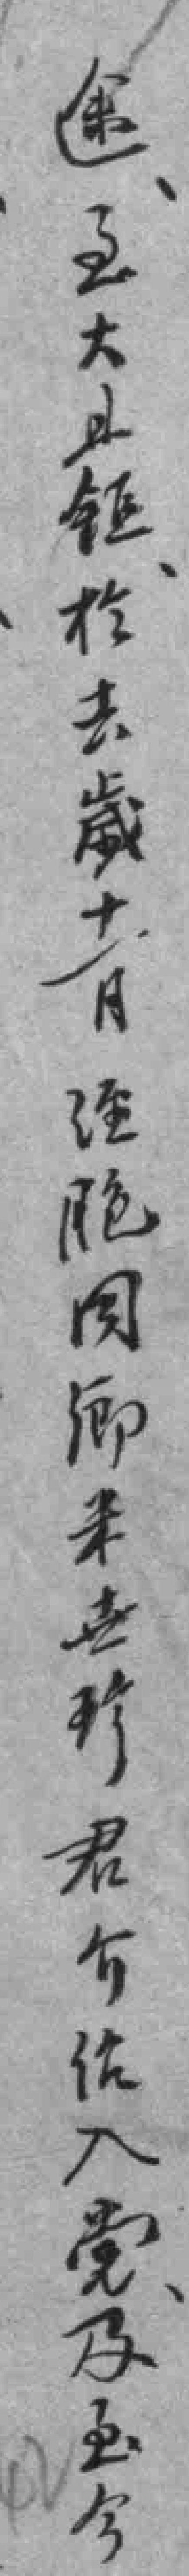
途至大*鉅於去歲十一月经胞因卿米卋珍君介绍入党及至今